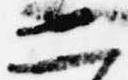
二